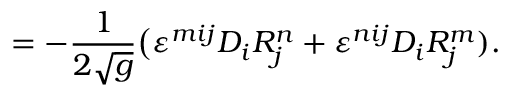
= - { \frac { 1 } { 2 { \sqrt { g } } } } { \bigl ( } \varepsilon ^ { m i j } D _ { i } R _ { j } ^ { n } + \varepsilon ^ { n i j } D _ { i } R _ { j } ^ { m } ) .